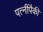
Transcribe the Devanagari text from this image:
पत्‍नींपैकी